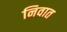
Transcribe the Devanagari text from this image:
निवात